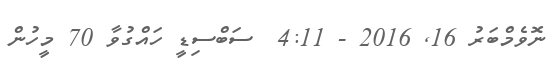
ނޮވެމްބަރު 16